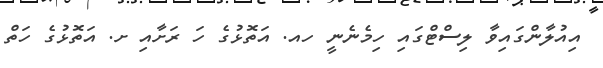
އިއުލާންގައިވާ ލިސްޓްގައި ހިމެނެނީ ހއ. އަތޮޅުގެ ހަ ރަށާއި ށ. އަތޮޅުގެ ހަތް